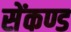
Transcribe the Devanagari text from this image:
सेंकण्ड